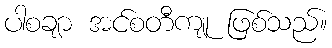
ပါစချာ အင်စတီကျု ဖြစ်သည်။